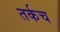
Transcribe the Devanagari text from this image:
तर्कच